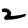
Digit: 2